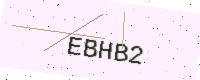
Text: EBHB2